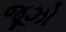
જૂઝો